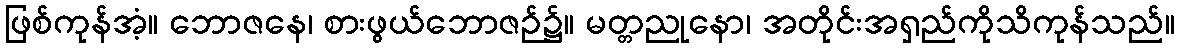
ဖြစ်ကုန်အံ့။ ဘောဇနေ၊ စားဖွယ်ဘောဇဉ်၌။ မတ္တညုနော၊ အတိုင်းအရှည်ကိုသိကုန်သည်။